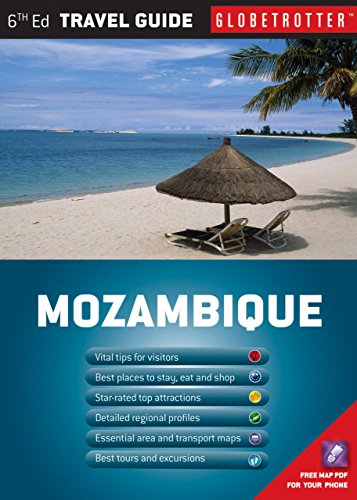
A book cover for Mozambique Travel Pack (Globetrotter Travel Packs); Mike Slater; Travel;